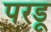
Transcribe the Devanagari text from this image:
परडू